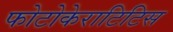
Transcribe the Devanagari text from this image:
फोटोकेराटिटिस